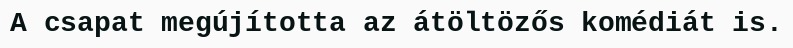
A csapat megújította az átöltözős komédiát is.